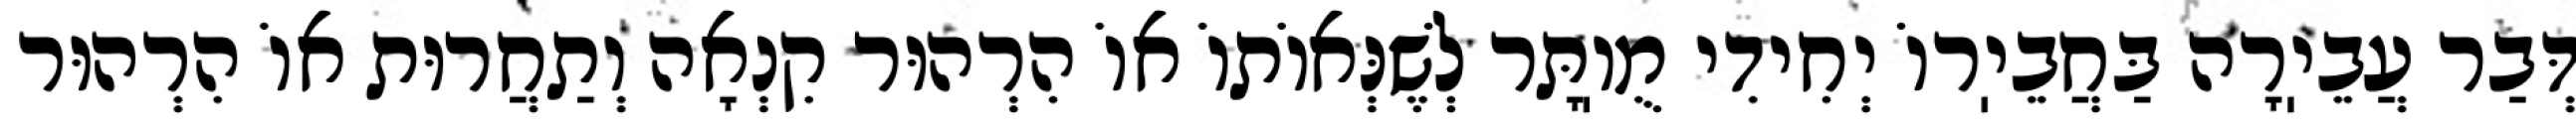
דְּבַר עֲבֵיֽרָה בַּחֲבֵיֽרוֹ יְחִידִי מֻוֽתָּר לְשֶׁנְּאוֹתוֹ אוֹ הִרְהוּר קִנְאָה וְתַחֲרוּת אוֹ הִרְהוּר